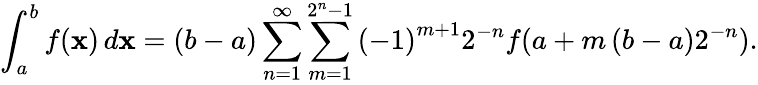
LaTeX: \int_{a}^{b}{f(\mathbf{x})\, d\mathbf{x}}=(b-a)\sum_{n=1}^{\infty}{\sum_{m=1}^{2^{n}-1}{\left({-1}\right)^{m+1}}}2^{-n}f(a+m\left({b-a}\right)2^{-n}).